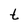
Character: t